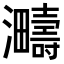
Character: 𪸈